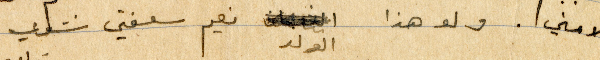
لا مني. ولو هذا الولد نعيم سلفني شوي